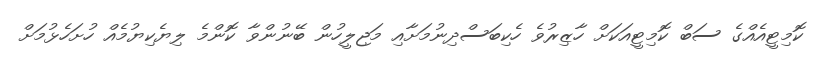
ކޮމިޓީއެއްގެ ސަބް ކޮމިޓީއަކަށް ހާޒިރުވެ ހެކިބަސްދިނުމަށާއި މަޖިލީހުން ބޭނުންވާ ކޮންމެ ލިޔެކިޔުމެއް ހުށަހެޅުމަށް